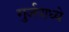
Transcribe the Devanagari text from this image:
गुर्जपाध्ये